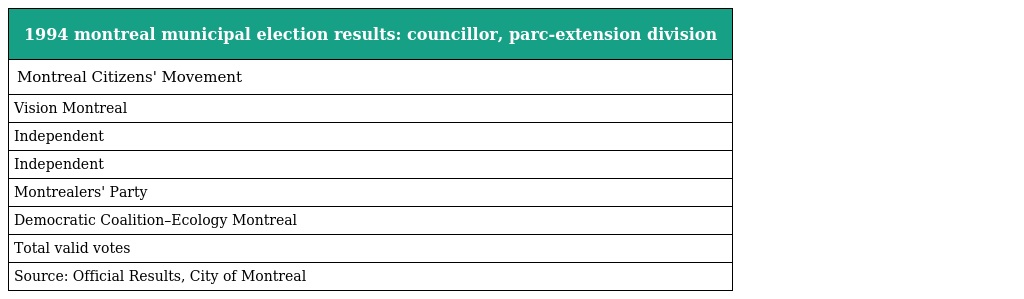
| 1994 montreal municipal election results: councillor, parc-extension division |
 | --- |
 | Montreal Citizens' Movement |
 | Vision Montreal |
 | Independent |
 | Independent |
 | Montrealers' Party |
 | Democratic Coalition–Ecology Montreal |
 | Total valid votes |
 | Source: Official Results, City of Montreal |